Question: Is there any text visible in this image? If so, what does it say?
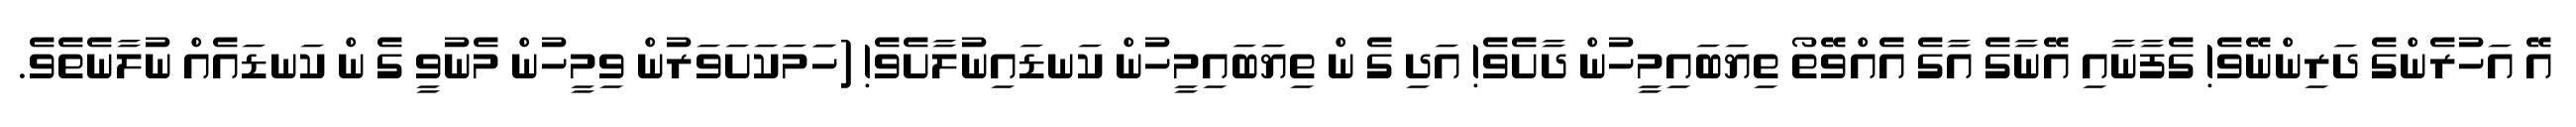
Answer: އޭ އަހުރެންގެ ދަރިންނޭވެ! ގެފާނާއި އޭނާގެ އާގެ އެއްވޭތޯ ތިޔަބައިމީހުން ދާށެވެ! އަދި ގެ ން ތިޔަބައިމީހުން ކަނޑައިނުލާށެވެ! (ހަަމަކަށަވަރުން ވިމީހުން މެނުވީ ގެ ން ކަނޑައެއް ނުލާނެތެވެ.